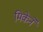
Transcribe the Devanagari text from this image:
मिकेने